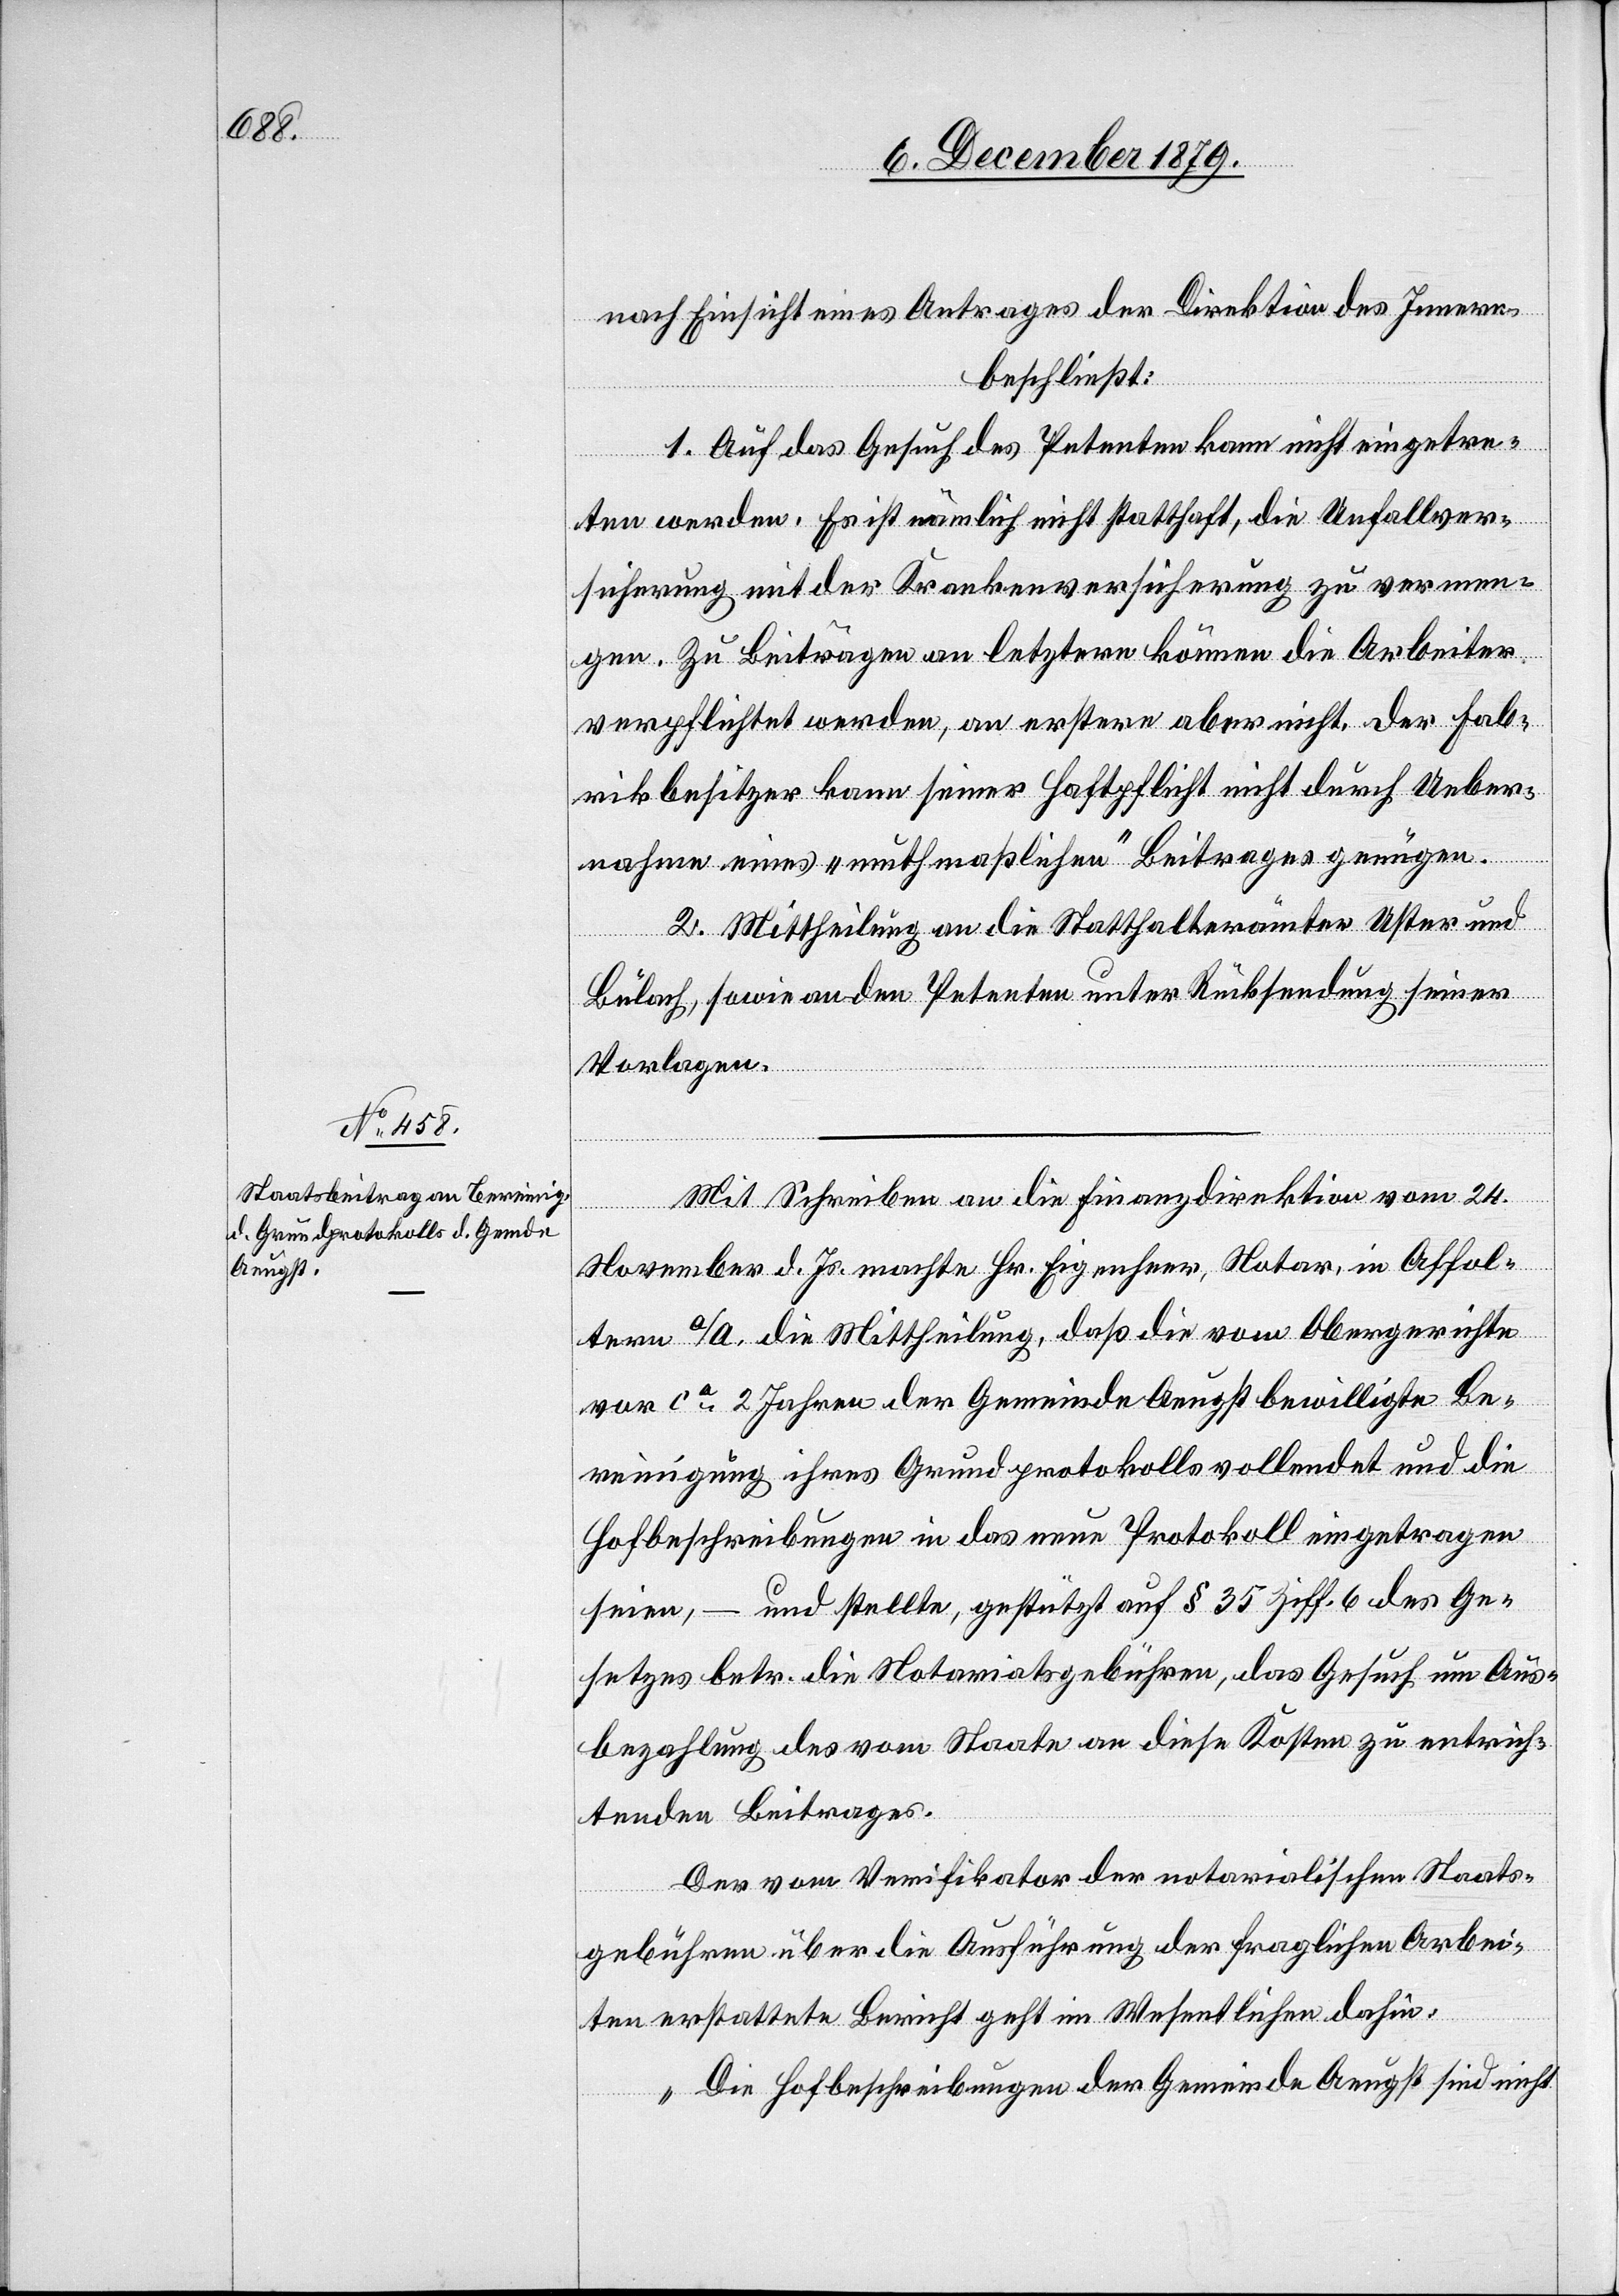
nach Einsicht eines Antrages der Direktion des Innern
beschließt:
1. Auf das Gesuch des Petenten kann nicht eingetre¬
ten werden. Es ist nämlich nicht statthaft, die Unfallver¬
sicherung mit der Krankenversicherung zu vermen¬
gen. Zu Beiträgen an letztere können die Arbeiter
verpflichtet werden, an erstere aber nicht. Der Fab¬
rikbesitzer kann seiner Haftpflicht nicht durch Ueber¬
nahme eines „muthmaßlichen“ Beitrages genügen.
2. Mittheilung an die Statthalterämter Uster und
Bülach, sowie an den Petenten unter Rücksendung seiner
Vorlagen.
Mit Schreiben an die Finanzdirektion vom 24.
November d. Js. machte Hr. Eigenheer, Notar, in Affol¬
tern a/A. die Mittheilung, daß die vom Obergerichte
vor ca 2 Jahren der Gemeinde Aeugst bewilligte Be¬
reinigung ihres Grundprotokolls vollendet und die
Hofbeschreibungen in das neue Protokoll eingetragen
seien, – und stellte, gestützt auf § 35 Ziff. 6 des Ge¬
setzes betr. die Notariatsgebühren, das Gesuch um Aus¬
bezahlung des vom Staate an diese Kosten zu entrich¬
tenden Beitrages.
Der vom Verifikator der notarialischen Staats¬
gebühren über die Ausführung der fraglichen Arbei¬
ten erstattete Bericht geht im Wesentlichen dahin:
„Die Hofbeschreibungen der Gemeinde Aeugst sind nicht